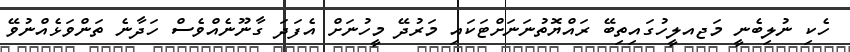
ހެކި ނުލިބެނީ މަޖއލީހުގައިތިބޭ ރައްޔޮތުނަނަށްޓަކައި މަރުދޭ މީހުނަށް އެފަދަ ގާނޫނެއްވެސް ހަދާނެ ތަންވަޅެއްނުވޭ